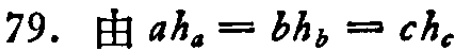
79. 由 \(ah_a = bh_b = ch_c\)